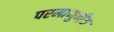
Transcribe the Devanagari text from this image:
परमाणुवीय